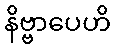
နိဗ္ဗာပေဟိ